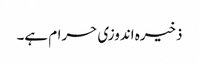
ذخیرہ اندوزی حرام ہے۔